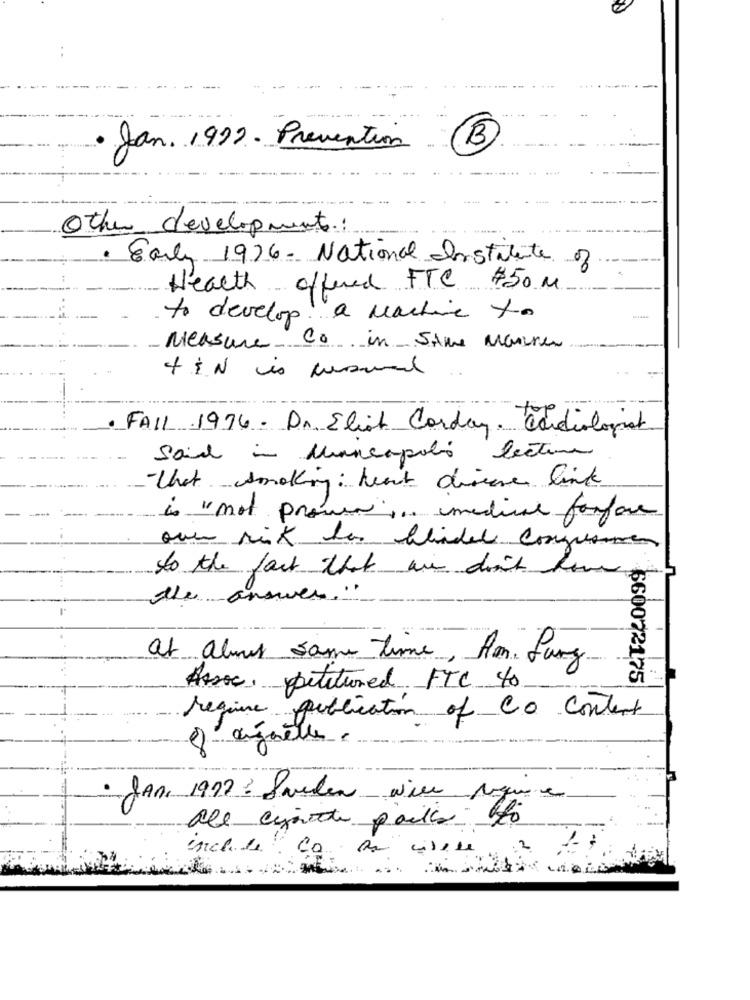
Jan. 1992 . Prevention
B
Other developments:
· Early 1976 - National Institute of
Health
offered FTC $50 M
to develop a machine to
Measure
Co in SAME Manner
TIN is musmail
FALL .1976 . Dr. Eliot Corday. Cardiologist
said in Mancapolio lecture
that smoking : heart disease link
is "not proven ,, medical forfore
oui risk has beendele congusen
to the fact that are don't have
the answer. "
at almus same time, Amm Lung
660072175
Assoc, petitured FTC 40
regime publication of CO Content
50
Jan. 1972 : Sweden wire
que en
ale cimette paulis ffo
Gisele
Co